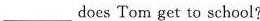
___ does Tom get to school?